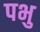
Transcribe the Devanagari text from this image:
पभु